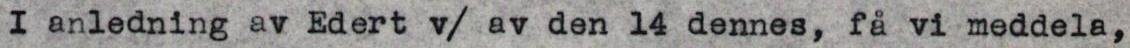
I anledning av Edert v/ av den 14 dennes, få vi meddela,